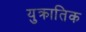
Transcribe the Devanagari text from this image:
युक्रातिक